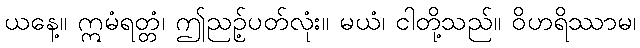
ယနေ့။ ဣမံရတ္တံ၊ ဤညဉ့်ပတ်လုံး။ မယံ၊ ငါတို့သည်။ ဝိဟရိဿာမ၊